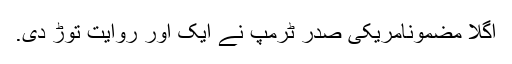
اگلا مضمونامریکی صدر ٹرمپ نے ایک اور روایت توڑ دی.